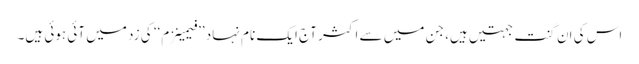
اس کی اَن گنت جہتیں ہیں، جن میں سے اکثر آج ایک نام نہاد ’’فیمینزم‘‘ کی زد میں آئی ہوئی ہیں۔